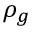
\rho _ { g }